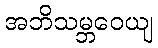
အဘိသမ္ဘဝေယျ